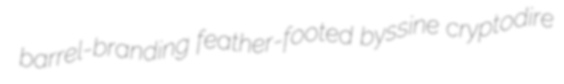
barrel-branding feather-footed byssine cryptodire